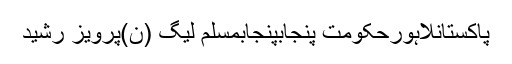
پاکستانلاہورحکومت پنجابپنجابمسلم لیگ (ن)پرویز رشید